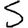
Digit: 5